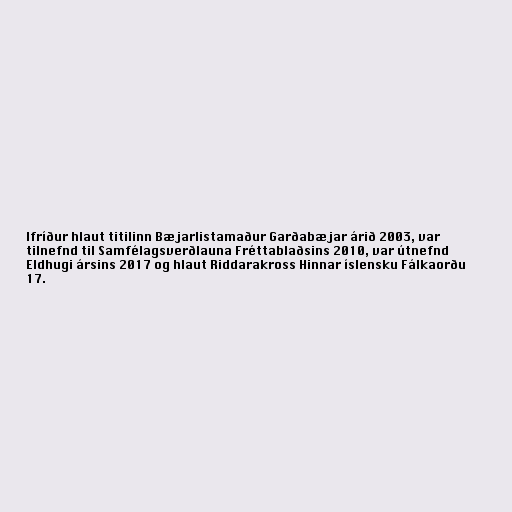
lfríður hlaut titilinn Bæjarlistamaður Garðabæjar árið 2003, var
tilnefnd til Samfélagsverðlauna Fréttablaðsins 2010, var útnefnd
Eldhugi ársins 2017 og hlaut Riddarakross Hinnar íslensku Fálkaorðu
17.